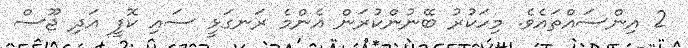
2 އިންސައްތައެވެ. މިހަކުރު ބޭނުންކުރަން އެންމެ ރަނގަޅީ ސައި ކޮފީ އަދި ޖޫސް